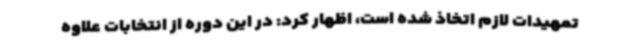
تمهیدات لازم اتخاذ شده است، اظهار کرد: در این دوره از انتخابات علاوه